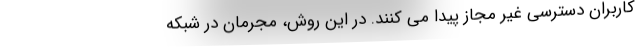
کاربران دسترسی غیر مجاز پیدا می کنند. در این روش، مجرمان در شبکه